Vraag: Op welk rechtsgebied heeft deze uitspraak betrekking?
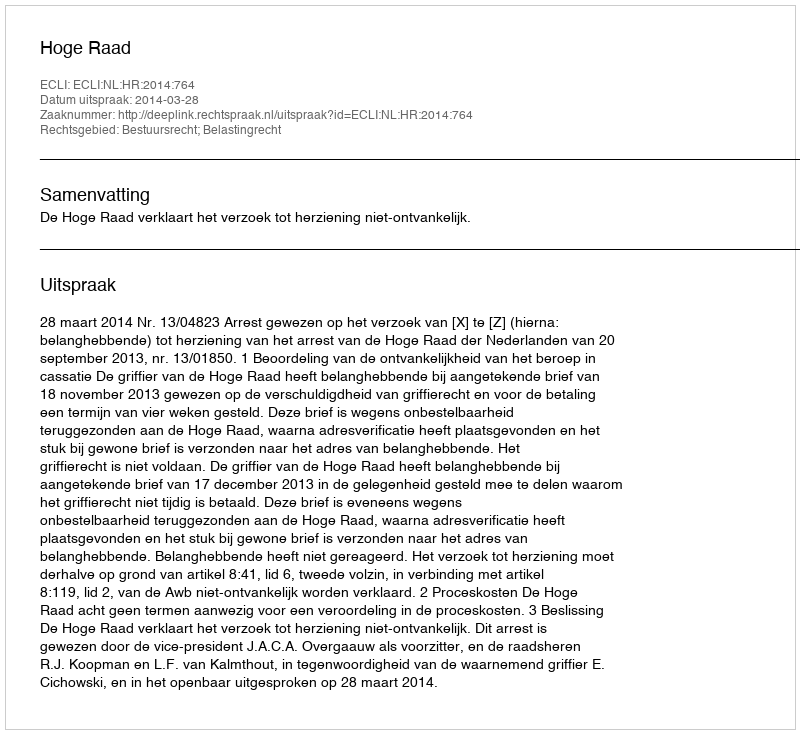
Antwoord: Bestuursrecht; Belastingrecht